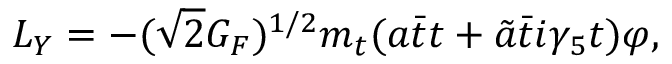
{ \cal L } _ { Y } = - ( \sqrt { 2 } G _ { F } ) ^ { 1 / 2 } m _ { t } ( a \bar { t } t + \tilde { a } \bar { t } i \gamma _ { 5 } t ) \varphi ,